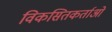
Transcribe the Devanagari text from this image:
विकसितकर्ताओं